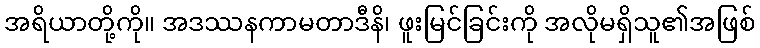
အရိယာတို့ကို။ အဒဿနကာမတာဒီနိ၊ ဖူးမြင်ခြင်းကို အလိုမရှိသူ၏အဖြစ်